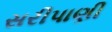
સરીપાણી